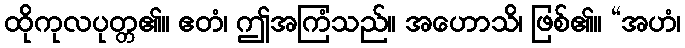
ထိုကုလပုတ္တ၏။ ဧတံ၊ ဤအကြံသည်။ အဟောသိ၊ ဖြစ်၏။ “အဟံ၊